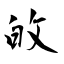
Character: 敀